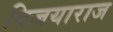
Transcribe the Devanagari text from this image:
विजयाराज